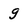
Character: g